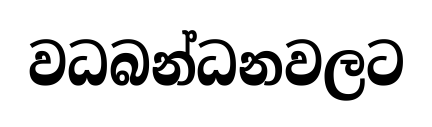
වධබන්ධනවලට